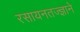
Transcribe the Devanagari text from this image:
रसायनतज्ज्ञाने